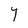
Character: Y